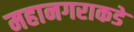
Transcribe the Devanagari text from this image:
महानगराकडे